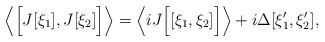
LaTeX: \begin{align*}\left\langle \Bigl[ J[\xi_1],J[\xi_2 ] \Bigr] \right\rangle= \left\langle i J\Bigl[[\xi_1,\xi_2]\Bigr]\right\rangle+ i\Delta[\xi'_1,\xi'_2],\end{align*}